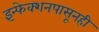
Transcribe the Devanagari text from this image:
इंन्फेक्शनपासूनही